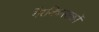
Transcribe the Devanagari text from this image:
गैरविकासकों